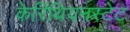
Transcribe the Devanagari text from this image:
केरिंथियनस्टेट